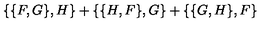
\{ \{ F , G \} , H \} + \{ \{ H , F \} , G \} + \{ \{ G , H \} , F \}